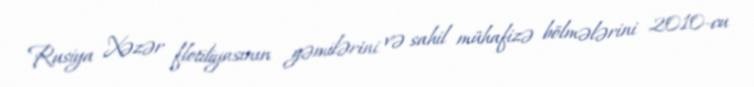
Rusiya Xəzər flotiliyasının gəmilərini və sahil mühafizə bölmələrini 2010-cu